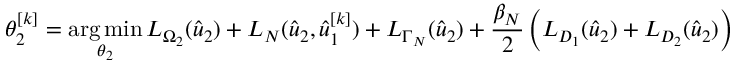
\theta _ { 2 } ^ { [ k ] } = \operatorname * { a r g \, m i n } _ { \theta _ { 2 } } L _ { \Omega _ { 2 } } ( \hat { u } _ { 2 } ) + L _ { N } ( \hat { u } _ { 2 } , \hat { u } _ { 1 } ^ { [ k ] } ) + L _ { \Gamma _ { N } } ( \hat { u } _ { 2 } ) + \frac { \beta _ { N } } { 2 } \left( L _ { D _ { 1 } } ( \hat { u } _ { 2 } ) + L _ { D _ { 2 } } ( \hat { u } _ { 2 } ) \right)